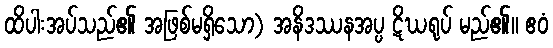
ထိပါးအပ်သည်၏ အဖြစ်မရှိသော) အနိဒဿနအပ္ပ ဋိဃရုပ် မည်၏။ ဧဝံ